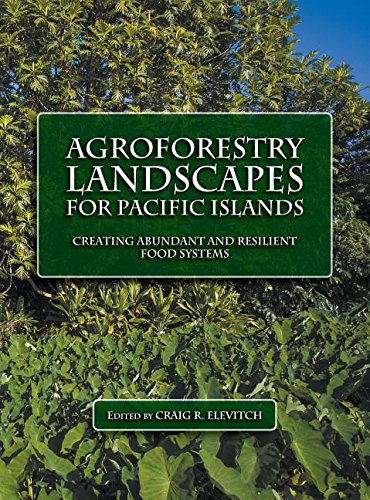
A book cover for Agroforestry Landscapes for Pacific Islands: Creating abundant and resilient food systems; Science & Math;